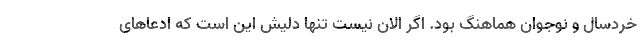
خردسال و نوجوان هماهنگ بود. اگر الان نیست تنها دلیش این است که ادعاهای